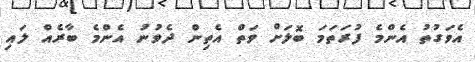
އެވަގުތު އެންމެ ފުރަތަމަ ބޮލަށް ވަތް އެތިން ދެވުނު އެންމެ ބާރެއް ލައި